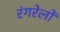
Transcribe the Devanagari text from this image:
रंगरेलों